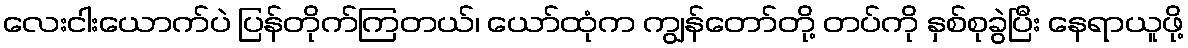
လေးငါးယောက်ပဲ ပြန်တိုက်ကြတယ်၊ ယော်ထုံက ကျွန်တော်တို့ တပ်ကို နှစ်စုခွဲပြီး နေရာယူဖို့